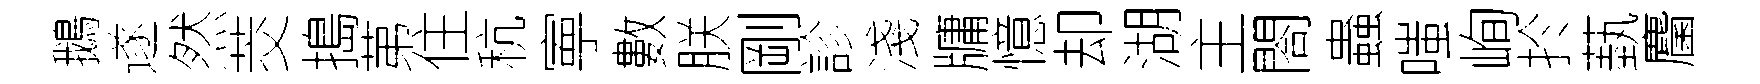
鵝遂然茭搗苐住秔寕數朕剛診淺牗憶却湖主閤蟲嗤峋扵蓺麕